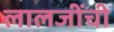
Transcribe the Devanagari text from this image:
लालजींची